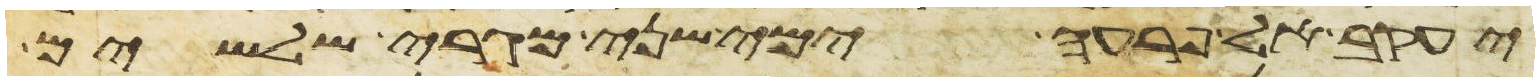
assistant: יעקב אל פרעה ימי שני מגרי שלשים